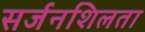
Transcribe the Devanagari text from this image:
सर्जनशिलता